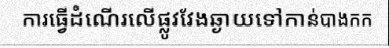
ការធ្វើដំណើរលើផ្លូវវែងឆ្ងាយទៅកាន់បាងកក